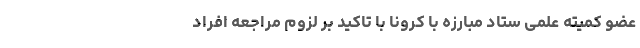
عضو کمیته علمی ستاد مبارزه با کرونا با تاکید بر لزوم مراجعه افراد